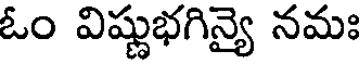
ఓం విష్ణుభగిన్యై నమః